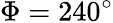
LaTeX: \Phi=240^{\circ}